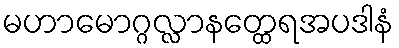
မဟာမောဂ္ဂလ္လာနတ္ထေရအပဒါနံ